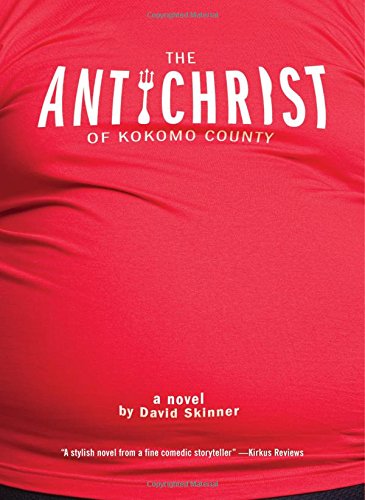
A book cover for The Antichrist of Kokomo County: A Novel; David Skinner; Literature & Fiction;